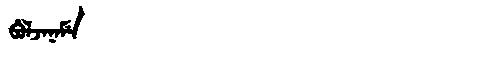
Manchu: ᠪᡠᠯᠵᠠᠨᠠᠮᡝ
Romanization: BULJANAME